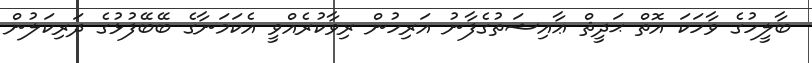
ބާލީހުގެ ވާހަކަ އޮތް ޙަދީޘް ޢާއިޝަތުގެފާނު އަރިހުން ރިވާކުރެއްވީ އެކަމަނާގެ ބޭބޭފުޅުގެ ދަރިކަލުން